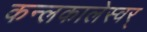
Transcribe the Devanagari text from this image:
कन्लकालेस्वर्